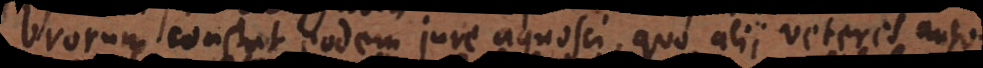
brorum constat eodem jure agnosci, quo alii veteres auto